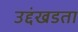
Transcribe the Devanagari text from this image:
उद्दंखडता